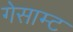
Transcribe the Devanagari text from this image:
गेसाम्ट